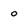
Character: o